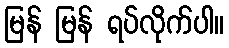
မြန် မြန် ရပ်လိုက်ပါ။